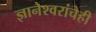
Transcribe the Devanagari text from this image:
ज्ञानेश्वरांचेही